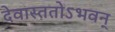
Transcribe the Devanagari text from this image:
देवास्ततोऽभवन्